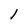
Character: l